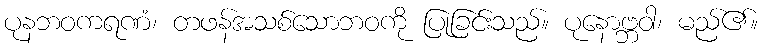
ပုနဘဝကရဏံ၊ တဖန်အသစ်သောဘဝကို ပြုခြင်းသည်။ ပုနောဗ္ဘဝါ၊ မည်၏။